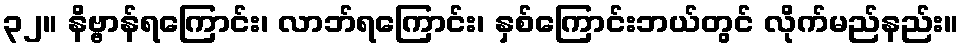
၃၂။ နိဗ္ဗာန်ရကြောင်း၊ လာဘ်ရကြောင်း၊ နှစ်ကြောင်းဘယ်တွင် လိုက်မည်နည်း။